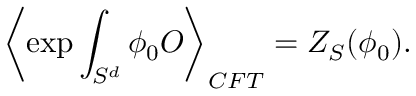
\left\langle \exp \int _ { S ^ { d } } \phi _ { 0 } O \right\rangle _ { C F T } = Z _ { S } ( \phi _ { 0 } ) .